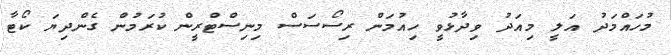
މުހައްމަދު އަލީ މިއަދު ވިދާޅުވީ ހިއުމަން ރިސޯސަސް މިނިސްޓްރީން ކުރަމުން ގެންދިޔަ ކޯޓާ